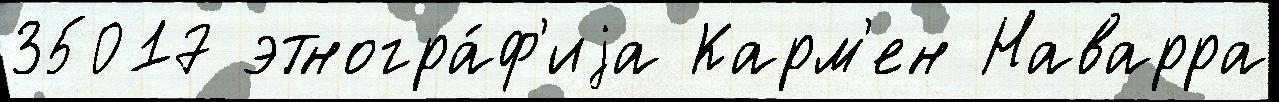
35017 этногра́ф'иjа Карм'ен Наварра